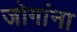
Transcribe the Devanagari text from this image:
जोगांना